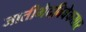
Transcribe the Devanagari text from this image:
जातीभेदविवेकसार